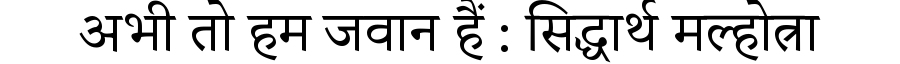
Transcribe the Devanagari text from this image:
अभी तो हम जवान हैं : सिद्धार्थ मल्होत्रा